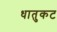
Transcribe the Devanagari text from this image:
धातुकट